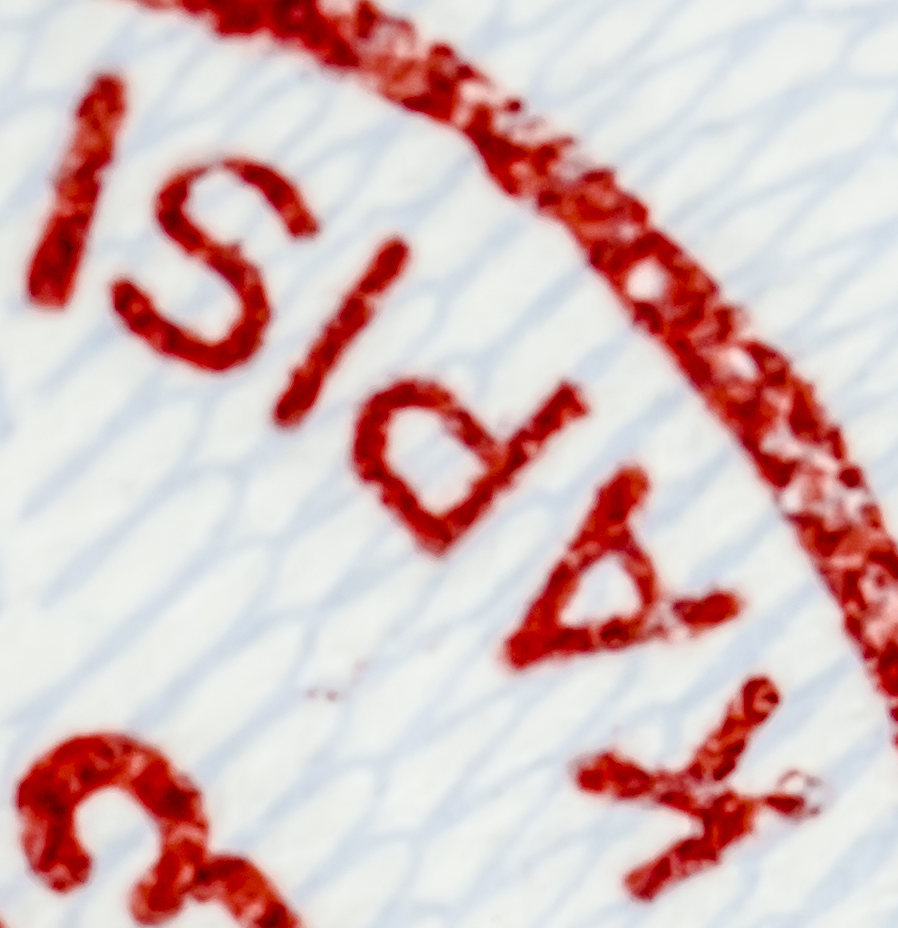
KAPISI